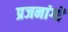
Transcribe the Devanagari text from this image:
प्रजनांगों